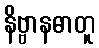
နိဗ္ဗာနဓာတူ